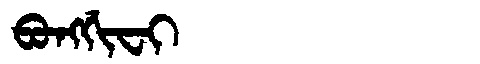
Manchu: ᠪᠣᠩᡤᡳᠸᡳ
Romanization: BONGGIFI